Leningradi_Edasi_toimetus, lk 8
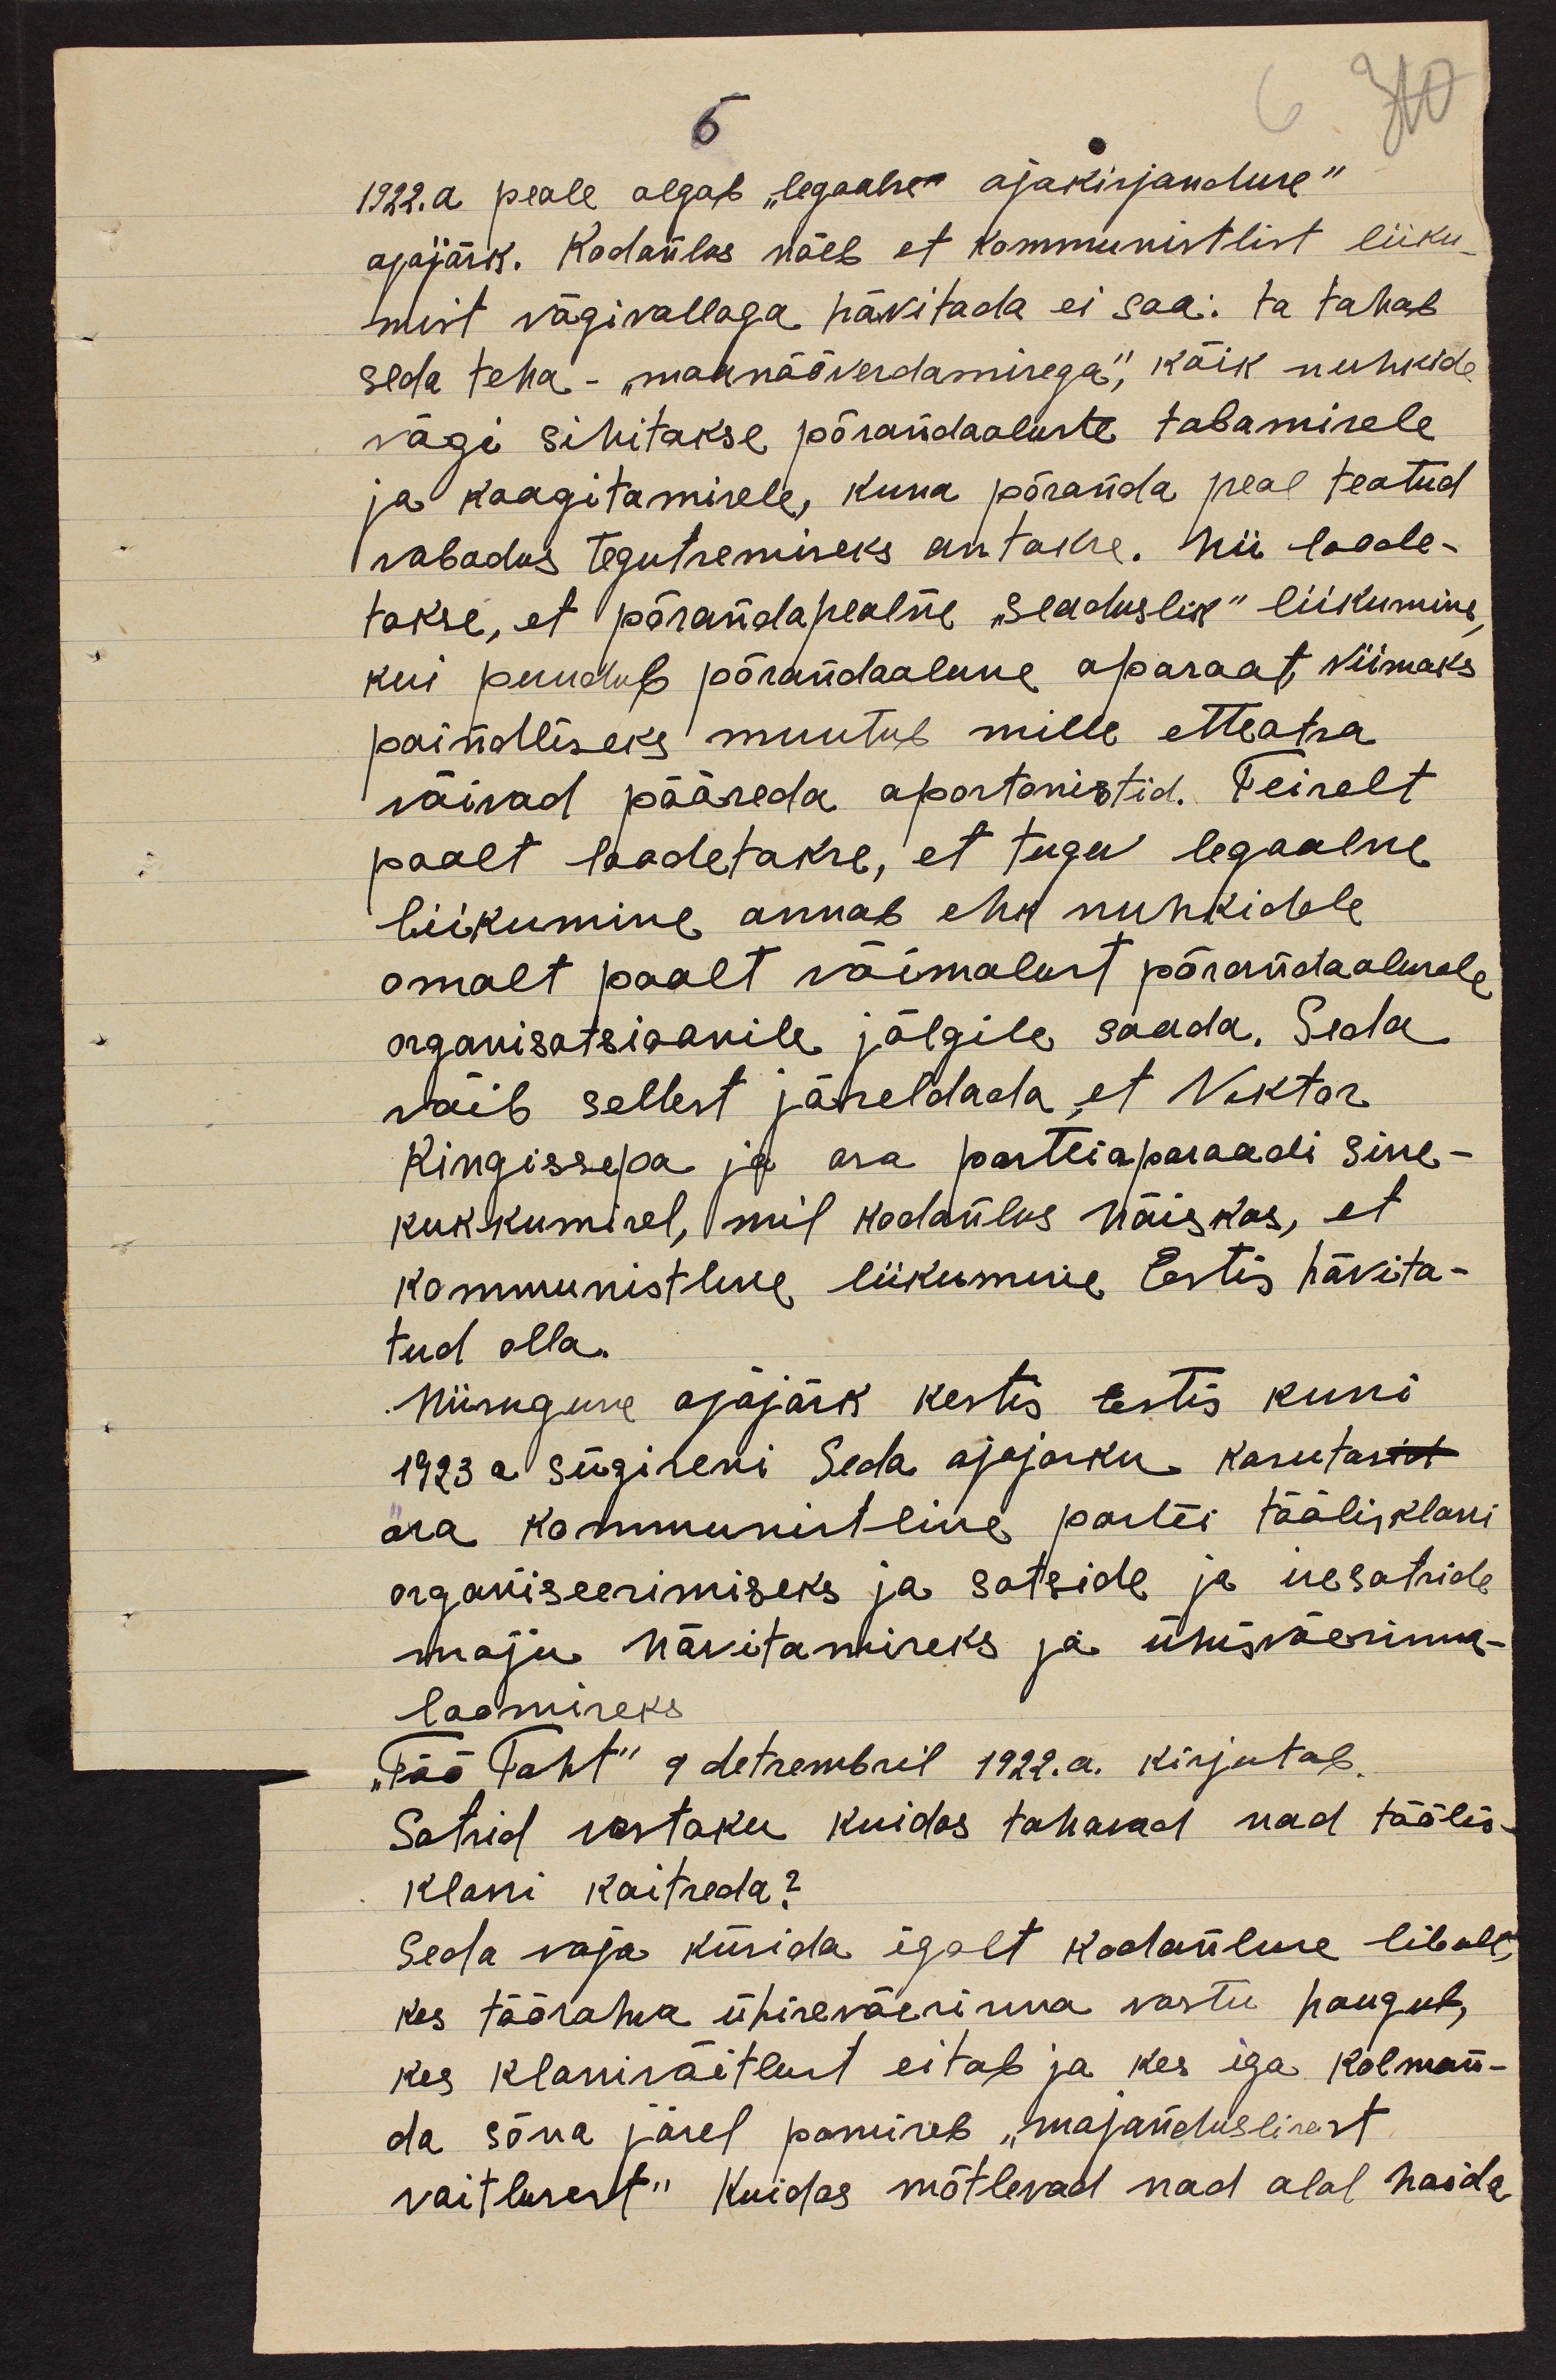
6
1922.a peale algab "legaalse" ajakirjanduse"
ajajärk. Kodanlus näeb et kommunistlist liiku-
mist vägivallaga hävitada ei saa: ta tahab
seda teha- "mannööverdamisega", kõik nuhkide
vägi sihitakse põrandaaluste tabamisele
ja kaagitamisele, kuna põranda peal teatud
vabadus tegutsemiseks antake. Nii loode-
takse, et põrandapealne "seaduslik" liikumine
kui puudub põrandaalune aparaat, viimaks
paindliseks muutub mille etteotsa
võivad pääseda aportonistid. Teiselt
poolt loodetakse, et tugev legaalne
liikumine annab ehk nuhkidele
omalt poolt võimalust põrandaalusele
organisatsioonile jälgile saada. Seda
võib sellest jär,eldada et Viktor
Kingissepa ja osa parteiapaadi sisse-
kukkumisel, mil kodanlus hõiskas, et
kommunistluse liikumine Eestis hävita-
tud olla.
Niisugune ajajärk kestis Eestis kuni
1923 a sügiseni Seda ajajarku kasutasid
ära kommunistline partei töölisklassi
organiseerimiseks ja sotside ja isesotside
mõju hävitamiseks ja ühisväerinna-
loomiseks
"Töö Taht" 9 detsembril 1922.a. kirjutab.
Sotsid vastaku kuidas tahavad nad töölis-
klassi kaitseda?
Seda vaja küsida igalt kodanluse libult,
kes töörahva ühiseväerinna vastu haugub,
kes klassivõitlust eitab ja kes iga kolman-
da sõna järel pomiseb "majanduslisest
vaitlusest" Kuidas mõtlevad nad alal hoida